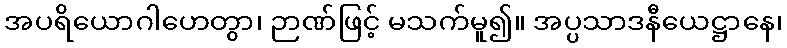
အပရိယောဂါဟေတွာ၊ ဉာဏ်ဖြင့် မသက်မူ၍။ အပ္ပသာဒနီယေဋ္ဌာနေ၊